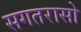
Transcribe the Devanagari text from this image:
सगतरासो